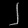
Digit: ၂